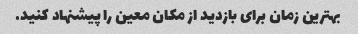
بهترین زمان برای بازدید از مکان معین را پیشنهاد کنید.